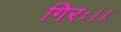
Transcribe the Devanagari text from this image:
गिरः।।